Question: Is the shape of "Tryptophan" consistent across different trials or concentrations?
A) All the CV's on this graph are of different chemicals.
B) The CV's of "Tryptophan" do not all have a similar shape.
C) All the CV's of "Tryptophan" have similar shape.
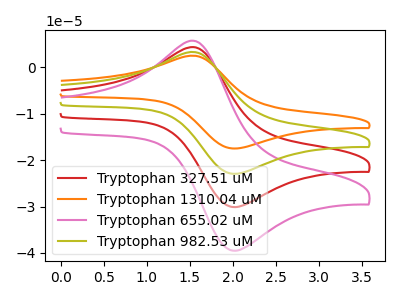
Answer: <think>The red curve "Tryptophan 327.51 uM" has an anodic peak at (1.60V, 4.25uA) and a cathodic peak at (2.05V, -30.10uA). The orange curve "Tryptophan 1310.04 uM" has an anodic peak at (1.60V, 12.80uA) and a cathodic peak at (2.05V, -90.30uA). The pink curve "Tryptophan 655.02 uM" has an anodic peak at (1.60V, 5.60uA) and a cathodic peak at (2.05V, -39.50uA). The olive curve "Tryptophan 982.53 uM" has an anodic peak at (1.60V, 8.55uA) and a cathodic peak at (2.05V, -60.20uA).
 All the peaks in "Tryptophan 327.51 uM" have a peak in "Tryptophan 1310.04 uM" at the same potential. Every peak in "Tryptophan 327.51 uM" is lower than every peak in "Tryptophan 1310.04 uM". All the peaks in "Tryptophan 327.51 uM" have a peak in "Tryptophan 655.02 uM" at the same potential. Every peak in "Tryptophan 327.51 uM" is lower than every peak in "Tryptophan 655.02 uM". All the peaks in "Tryptophan 327.51 uM" have a peak in "Tryptophan 982.53 uM" at the same potential. Every peak in "Tryptophan 327.51 uM" is lower than every peak in "Tryptophan 982.53 uM". All the peaks in "Tryptophan 1310.04 uM" have a peak in "Tryptophan 655.02 uM" at the same potential. Every peak in "Tryptophan 1310.04 uM" is higher than every peak in "Tryptophan 655.02 uM". All the peaks in "Tryptophan 1310.04 uM" have a peak in "Tryptophan 982.53 uM" at the same potential. Every peak in "Tryptophan 1310.04 uM" is higher than every peak in "Tryptophan 982.53 uM". All the peaks in "Tryptophan 655.02 uM" have a peak in "Tryptophan 982.53 uM" at the same potential. Every peak in "Tryptophan 655.02 uM" is lower than every peak in "Tryptophan 982.53 uM".</think>
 <answer>C) All the CV's of "Tryptophan" have similar shape.</answer>
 <eval>C</eval>